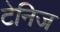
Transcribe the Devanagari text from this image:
टेनिज